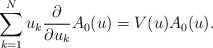
\begin{align*}\sum_{k=1}^N u_k\frac{\partial}{\partial u_k}A_0(u)=V(u)A_0(u).\end{align*}